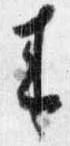
来